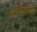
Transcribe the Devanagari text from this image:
न्यायदीपावली